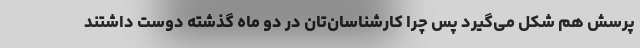
پرسش هم شکل می‌گیرد پس چرا کارشناسان‌تان در دو ماه گذشته دوست داشتند